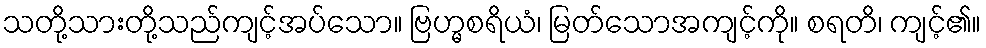
သတို့သားတို့သည်ကျင့်အပ်သော။ ဗြဟ္မစရိယံ၊ မြတ်သောအကျင့်ကို။ စရတိ၊ ကျင့်၏။